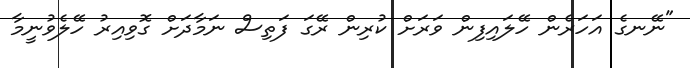
"ނޭނގެ އަހަރެން ހޭލައިފިން ވަރަށް ކުރިން ރޭގަ ފަތިސް ނަމާދަށް ގޮވިއިރު ހޭލެވުނީމާ